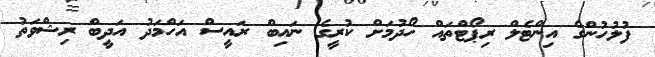
ފުލުހުންގެ އިންޓެލް ރިޕޯޓްތައް ހޯދުމަށް ކުރީގެ ނައިބް ރައީސް އަހްމަދު އަދީބް ރިޝްވަތު